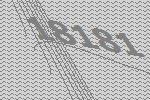
18181